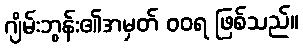
ဂျိမ်းဘွန်း၏အမှတ် ဝဝရ ဖြစ်သည်။